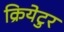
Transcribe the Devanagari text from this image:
क्रियेटुर